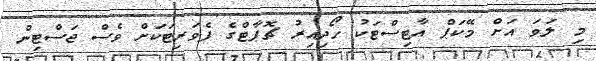
މި ލަވަ އަށް މޭކަޕް އާޓިސްޓަކު ހޯދިއިރު ޗޮޕާޓްގެ ފެވަރިޓަކަށް ވެސް ޖަސްޓިން